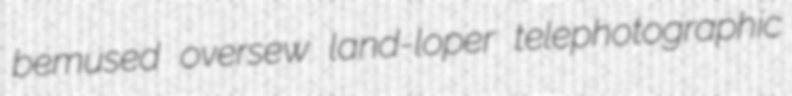
bemused oversew land-loper telephotographic